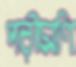
পরীমণি